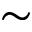
\sim